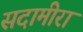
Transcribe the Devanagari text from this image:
सदामीरा